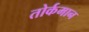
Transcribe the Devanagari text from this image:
तोर्कमान